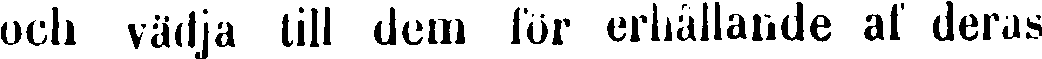
och vädja till dem för erhållande af deras